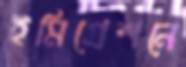
ইমিগ্রেশনে